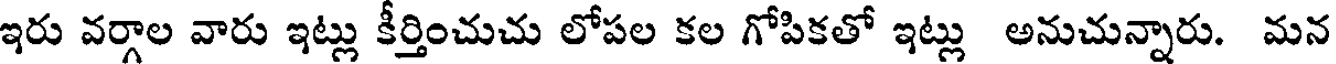
ఇరు వర్గాల వారు ఇట్లు కీర్తించుచు లోపల కల గోపికతో ఇట్లు అనుచున్నారు. మన